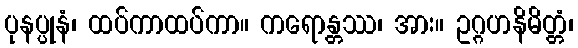
ပုနပ္ပုနံ၊ ထပ်ကာထပ်ကာ။ ကရောန္တဿ၊ အား။ ဥဂ္ဂဟနိမိတ္တံ၊